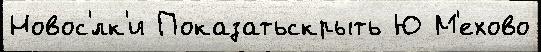
Новос'́лк'и Показатьскрыть Ю М'ехово